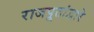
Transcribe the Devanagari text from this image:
राजपूतांद्वारे